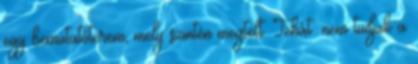
egy bemutatóterem, mely szintén megtelt. Tehát: nem tudjuk a